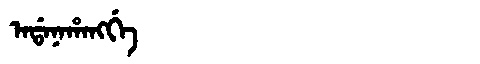
Manchu: ᠠᡩᠠᠨᠠᡥᠠᠩᡤᡝ
Romanization: ADANAHANGGE